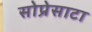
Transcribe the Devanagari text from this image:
सोप्रेसाटा